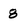
Character: 8